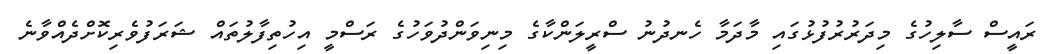
ރައީސް ސާލިހުގެ މިދަރުރުފުޅުގައި މާދަމާ ހެނދުނު ސްރީލަންކާގެ މިނިވަންދުވަހުގެ ރަސްމީ އިހުތިފާލުތައް ޝަރަފުވެރިކޮށްދެއްވާނެ